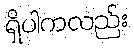
ရှိပါကလည်း